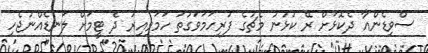
ސްވިޑެންއާ ދެކޮޅަށް ރޭ ކުޅުނު މެޗުގެ ފުރިހަމަވަގުތު ހަމަވިއިރު ދެ ޓީމަށް ލަނޑެއްނުޖެހި